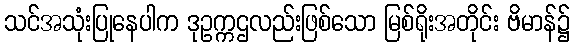
သင်အသုံးပြုနေပါက ဒုဥက္ကဌလည်းဖြစ်သော မြစ်ရိုးအတိုင်း ဗိမာန်၌